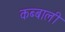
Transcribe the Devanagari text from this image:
कब्बाली